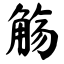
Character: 觞